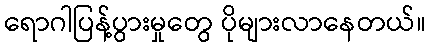
ရောဂါပြန့်ပွားမှုတွေ ပိုများလာနေတယ်။